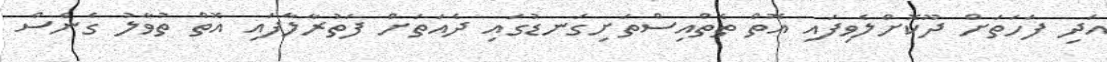
އަދި ފަހަތަށް ދޫކޮށްލެވިފައި އޮތް ތެތްއިސްތަށިގަނޑުގައި ދެއަތަށް ފަތުރާލާފައި އޮތް ތުވާލު ގެނެސް